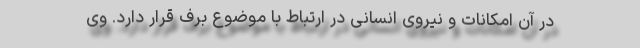
در آن امکانات و نیروی انسانی در ارتباط با موضوع برف قرار دارد. وی